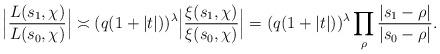
LaTeX: \begin{align*} \Big| \frac{L(s_1,\chi)}{L(s_0,\chi)}\Big| \asymp (q(1+|t|))^{\lambda} \Big| \frac{\xi(s_1,\chi)}{\xi(s_0,\chi)}\Big| = (q(1+|t|))^{\lambda} \prod_{\rho} \frac{|s_1-\rho|}{|s_0-\rho|}. \end{align*}